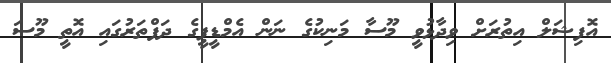
އޮފިޝަލް އިތުރަށް ވިދާޅުވީ މޫސާ މަނިކުގެ ނަން އެމްޑީޕީގެ ދަފްތަރުގައި އޮތީ މޫސަ